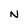
Character: N